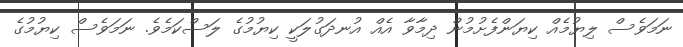
ނަމަވެސް ލިޔުމެއް ކިޔަންފެށުމުން ދިމާވާ އެއް އުނދަގުލަކީ ކިޔުމުގެ ލަސްކަމެވެ. ނަމަވެސް ކިޔުމުގެ